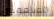
الملعونين